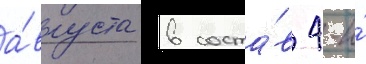
а́вгуста в соста́в 4-и́